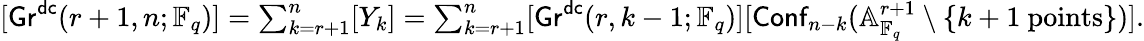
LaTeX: \begin{array}{r}{[\mathsf{Gr}^{\mathsf{dc}}(r+1,n;\mathbb{F}_{q})]=\sum_{k=r+1}^{n}[Y_{k}]=\sum_{k=r+1}^{n}[\mathsf{Gr}^{\mathsf{dc}}(r,k-1;\mathbb{F}_{q})][\mathsf{Conf}_{n-k}(\mathbb{A}_{\mathbb{F}_{q}}^{r+1}\setminus\{ k+1\mathrm{~points}\} )].}\end{array}